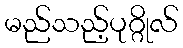
မည်သည့်ပုဂ္ဂိုလ်